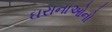
ઘરાનાઓનો